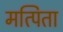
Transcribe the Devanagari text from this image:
मत्पिता